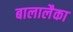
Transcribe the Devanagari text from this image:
बालालैका